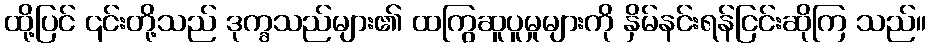
ထို့ပြင် ၎င်းတို့သည် ဒုက္ခသည်များ၏ ထကြွဆူပူမှုများကို နှိမ်နင်းရန်ငြင်းဆိုကြ သည်။